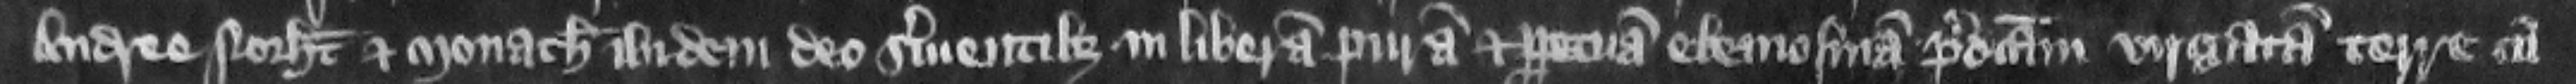
Andree Norhamton et monachis ibidem Deo serientibus in liberam puram et perpetuam elemosinam predictam virgatam terre cum